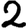
Digit: 2